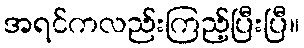
အရင်ကလည်းကြည့်ပြီးပြီ။